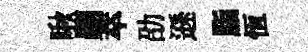
啾翮萃劭遜脂恆